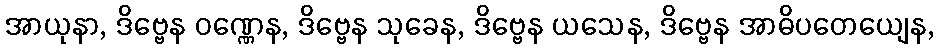
အာယုနာ, ဒိဗ္ဗေန ဝဏ္ဏေန, ဒိဗ္ဗေန သုခေန, ဒိဗ္ဗေန ယသေန, ဒိဗ္ဗေန အာဓိပတေယျေန,